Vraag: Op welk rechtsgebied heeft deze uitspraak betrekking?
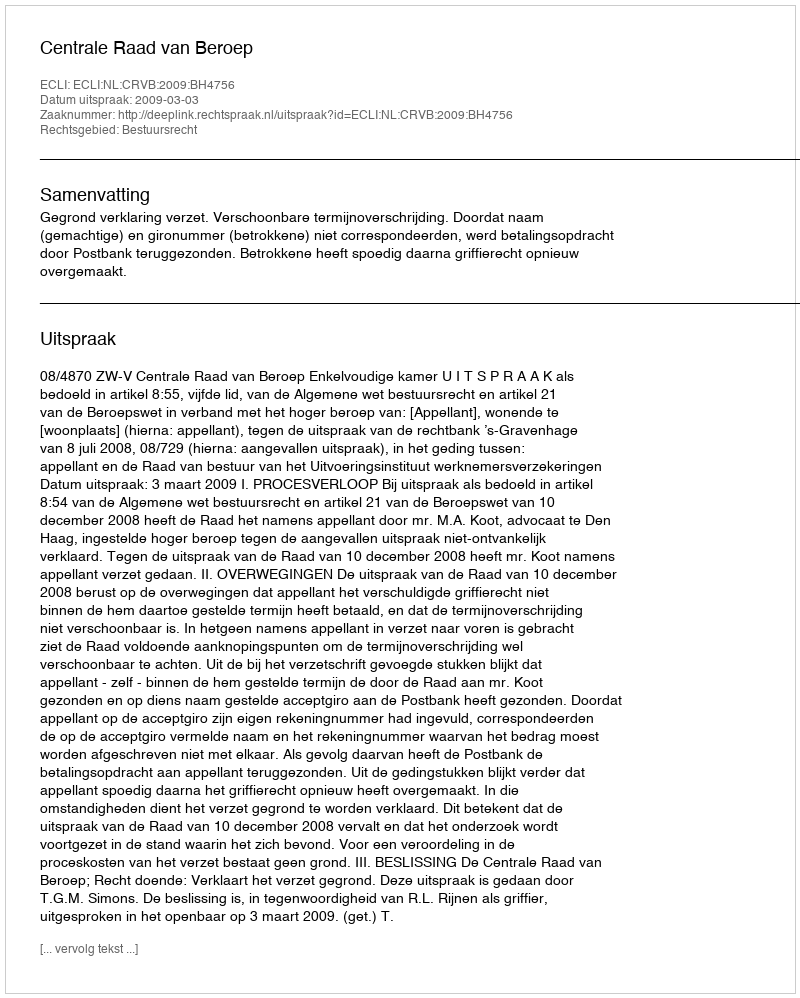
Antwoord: Bestuursrecht